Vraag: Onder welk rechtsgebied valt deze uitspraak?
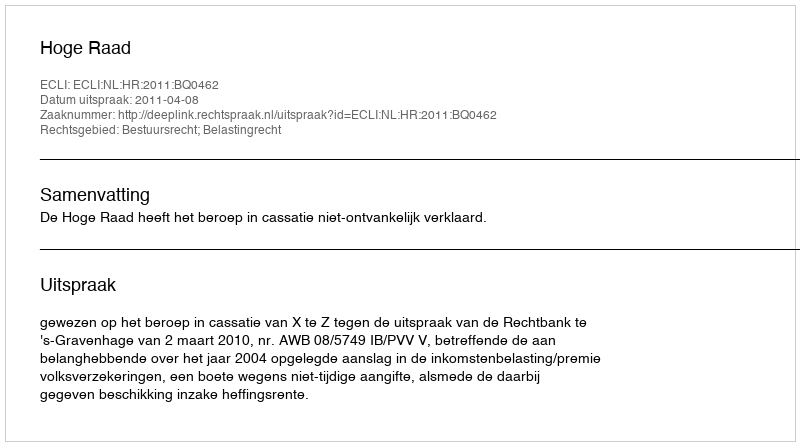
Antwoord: Bestuursrecht; Belastingrecht